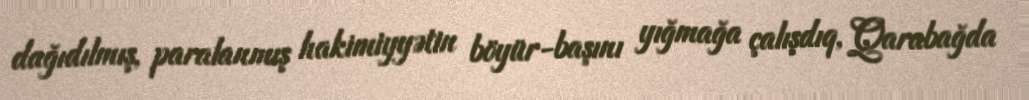
dağıdılmış, paralanmış hakimiyyətin böyür-başını yığmağa çalışdıq, Qarabağda